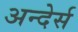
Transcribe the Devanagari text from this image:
अन्देर्स